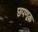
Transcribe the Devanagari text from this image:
छपणक